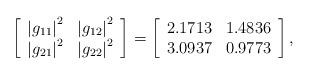
LaTeX: \begin{align*}\left[ {\begin{array}{*{20}{c}} {{{\left| {{g_{11}}} \right|}^2}} & {{{\left| {{g_{12}}} \right|}^2}} \\ {{{\left| {{g_{21}}} \right|}^2}} & {{{\left| {{g_{22}}} \right|}^2}} \\\end{array}} \right] = \left[ {\begin{array}{*{20}{c}} {2.1713} & {1.4836} \\ {3.0937} & {0.9773} \\\end{array}} \right],\end{align*}